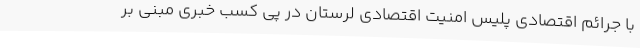
با جرائم اقتصادی پلیس امنیت اقتصادی لرستان در پی کسب خبری مبنی بر